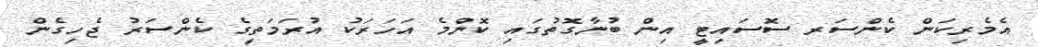
އެމެރިކަން ކެންސަރ ސޮސައިޓީ އިން ބުނާގޮތުގައި ކޮންމެ އަހަރަކު އުރަމަތީގެ ކެންސަރު ޖެހިގެން